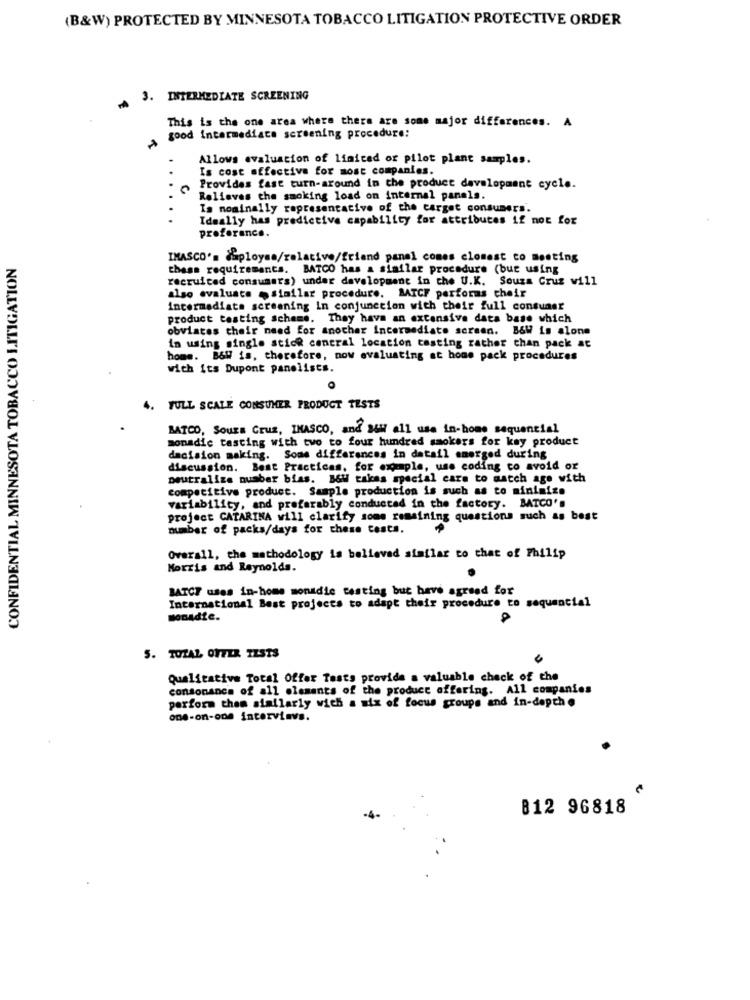
(B&W) PROTECTED BY MINNESOTA TOBACCO LITIGATION PROTECTIVE ORDER
3. INTERMEDIATE SCREENING
This is the one area where there are some major differences. A
good intermediate screening procedure:
Allows evaluation of limited or pilot plant samples.
Is cost effective for most companies.
Provides fast turn-around in the product development cycle.
Relieves the smoking load on internal panels.
Is nominally representative of the target consumers.
Ideally has predictive capability for attributes if not for
preference.
CONFIDENTIAL MINNESOTA TOBACCO LITIGATION
IMASCO's Sploysa/relative/friend panel comes closest to meeting
these requirements. BATCO has a similar procedure (but using
recruited consumers) under development in the U.K. Souza Cruz will
also evaluate .similar procedure. MATCF performs their
Intermediate screening in conjunction with their full consuasr
product testing scheme. They have an extensive data base which
obviates their need for another intermediate screen. B&W is alone
in using single stick central location testing rather chan pack at
homs. B&W is, therefore, now evaluating at home pack procedures
with its Dupont panelists.
O
4. FULL SCALE CONSUMER PRODUCT TESTS
BATCO, SouEs Cruz, INASCO, and a64 all use in-home sequential
monadic tasting with two to four hundred smokers for kay product
decision making. Some differences in datail emerged during
discussion. Best Practices. for example, use coding to avoid or
neutralize number bias. B&W takas special care to match age with
competitive product. Sample production is such as to minimize
variability, and preferably conducted in the factory. BATCO's
project CATARINA will clarify soms remaining questions such as best
number of packs/days for these Costs.
Overall, the methodology is believed similar to that of Philip
Morris and Reynolds.
BATCF uses in-home monadic testing but have agreed for
International Best projects to adapt their procedure to sequential
monadie.
5. TOTAL OFFER TESTS
Qualitative Total Offer Tests provide a valuable check of the
consonance of all elements of the product offering. All companies
perform them similarly with a mix of focus groups and in-depth .
one-on-one intervinvs.
812 96818